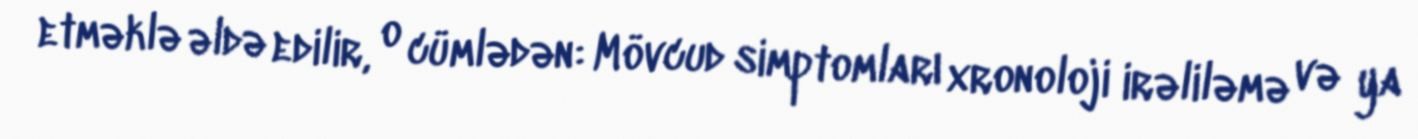
etməklə əldə edilir, o cümlədən: Mövcud simptomları xronoloji irəliləmə və ya